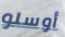
أوسلو